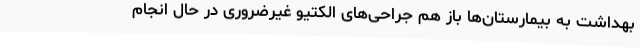
بهداشت به بیمارستان‌ها باز هم جراحی‌های الکتیو غیرضروری در حال انجام